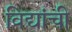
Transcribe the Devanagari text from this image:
विद्यांची